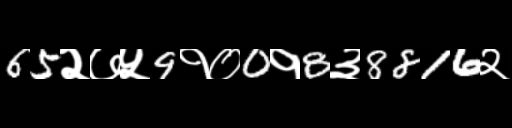
Text: 65२७५9१०0१8३8816२